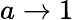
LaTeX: a\to 1